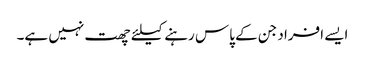
ایسے افراد جن کے پاس رہنے کیلئے چھت نہیں ہے۔